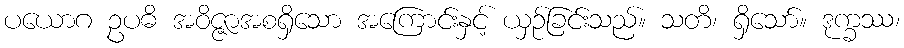
ပယောဂ ဥပဓိ အဝိဇ္ဇာအစရှိသော အကြောင်းနှင့် ယှဉ်ခြင်းသည်။ သတိ၊ ရှိသော်။ ဒုက္ခဿ၊